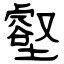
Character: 壑